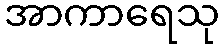
အာကာရေသု